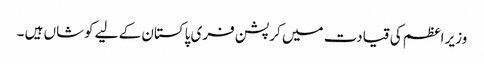
وزیر اعظم کی قیادت میں کرپشن فری پاکستان کے لیے کوشاں ہیں ۔